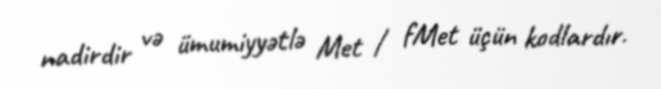
nadirdir və ümumiyyətlə Met / fMet üçün kodlardır.